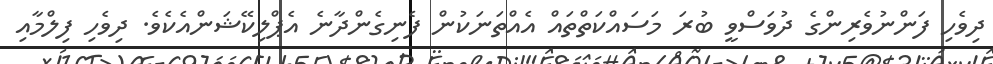
ދިވެހި ފަންނުވެރިންގެ ދުވަސްވީ ބުރަ މަަސައްކަތްތައް އެއްތަނަކުން ފެނިގެންދާނެ އެޕްލިކޭޝަންއެެކެވެ. ދިވެހި ފިލްމާއި